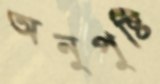
অনুপুষ্টি